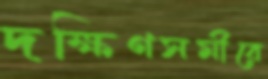
দক্ষিণসমীরে